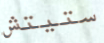
ستيتش